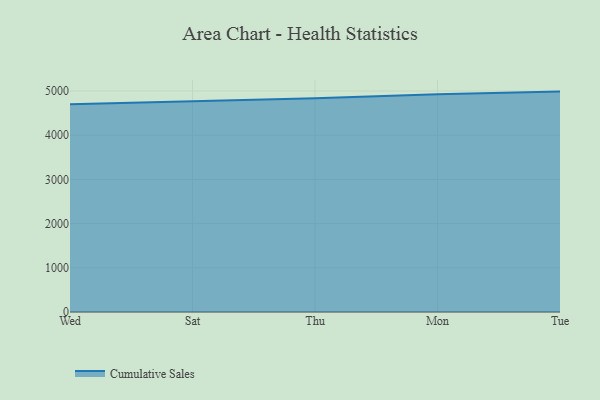
{"axis": {"x": "Day", "y": "Conversion Rate (%)"}, "legend": ["Cumulative Sales"], "data": [{"x": "Wed", "y": 4701.9, "type": "Cumulative Sales"}, {"x": "Sat", "y": 4770.6, "type": "Cumulative Sales"}, {"x": "Thu", "y": 4833.8, "type": "Cumulative Sales"}, {"x": "Mon", "y": 4924.2, "type": "Cumulative Sales"}, {"x": "Tue", "y": 4986.7, "type": "Cumulative Sales"}]}